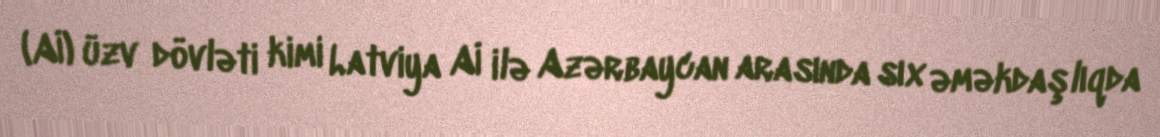
(Aİ) üzv dövləti kimi Latviya Aİ ilə Azərbaycan arasında sıx əməkdaşlıqda